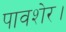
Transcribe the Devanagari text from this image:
पावशेर।